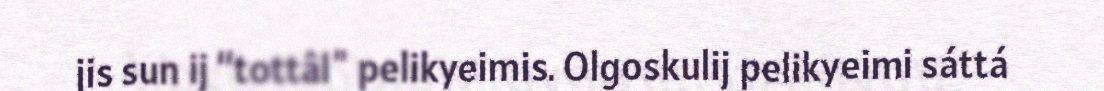
jis sun ij “tottâl" pelikyeimis. Olgoskulij pelikyeimi sáttá